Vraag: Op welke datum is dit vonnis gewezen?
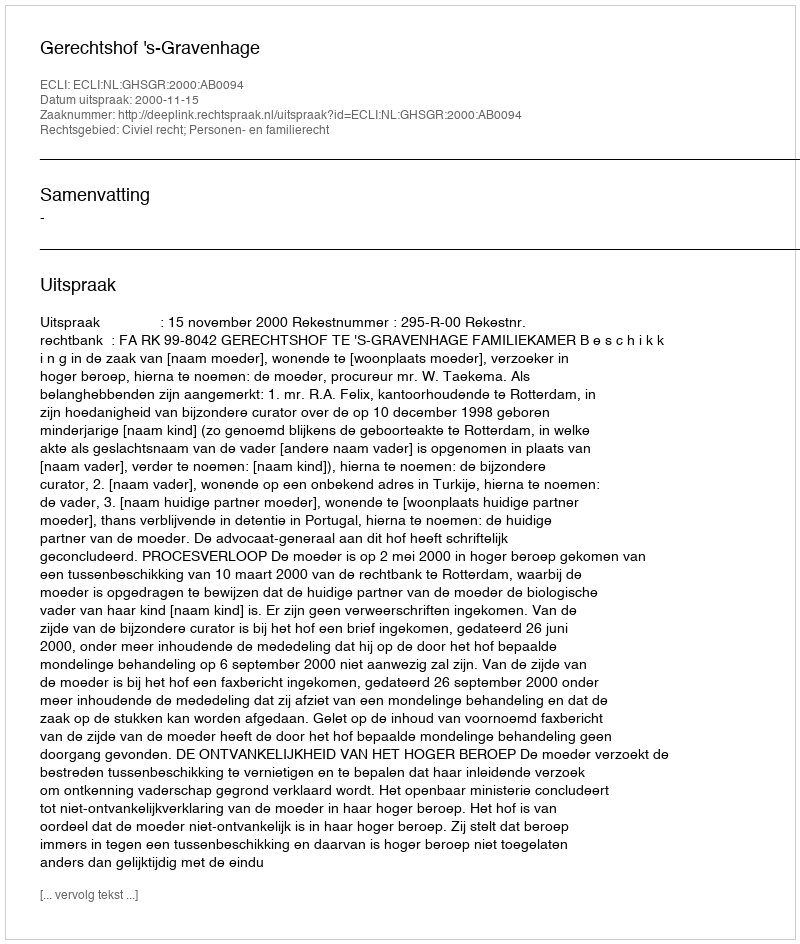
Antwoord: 2000-11-15